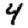
Digit: 4